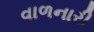
વાળનારી